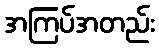
အကြပ်အတည်း